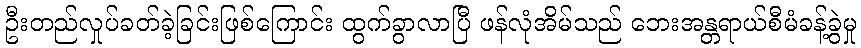
ဦးတည်လှုပ်ခတ်ခဲ့ခြင်းဖြစ်ကြောင်း ထွက်ခွာလာပြီ ဖန်လုံအိမ်သည် ဘေးအန္တရာယ်စီမံခန့်ခွဲမှု